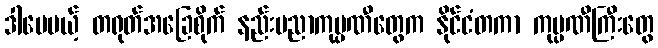
ဒါပေမယ့် တရုတ်အခြေစိုက် နည်းပညာကုမ္ပဏီတွေက နိုင်ငံတကာ ကုမ္ပဏီကြီးတွေ